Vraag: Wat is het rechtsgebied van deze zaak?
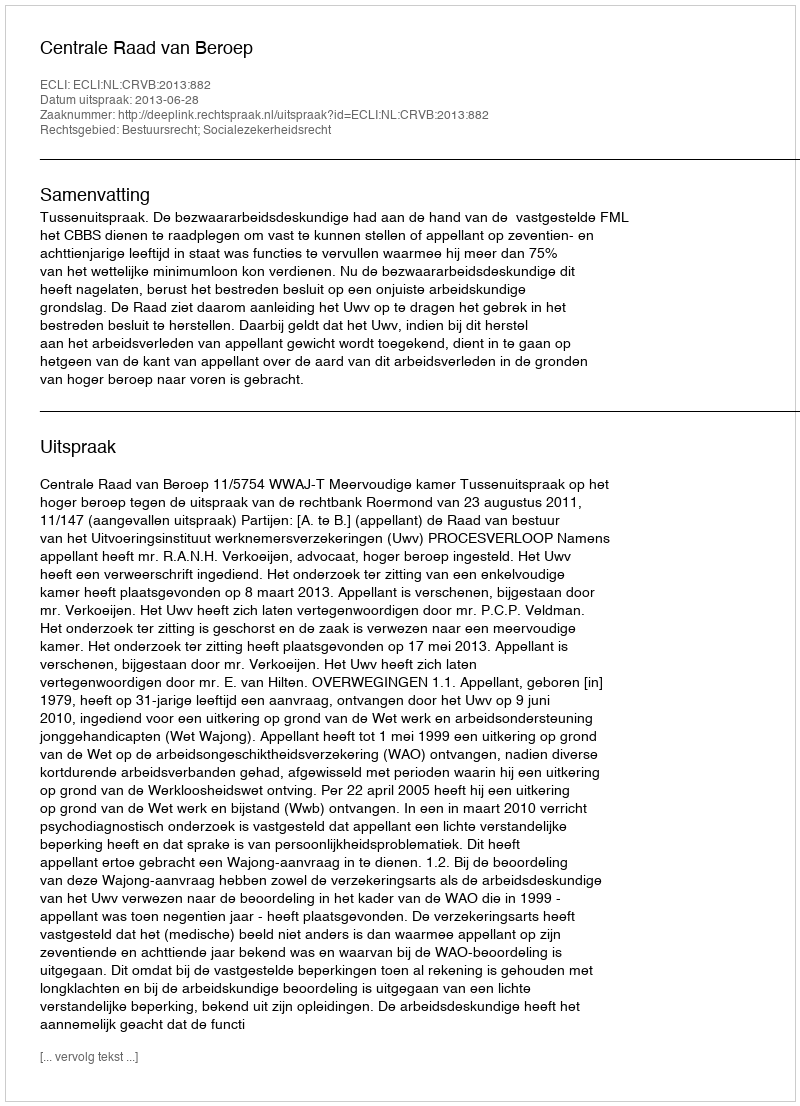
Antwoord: Bestuursrecht; Socialezekerheidsrecht